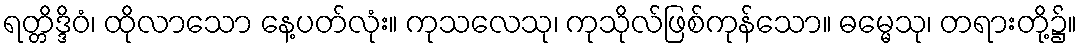
ရတ္တိဒ္ဒိဝံ၊ ထိုလာသော နေ့ပတ်လုံး။ ကုသလေသု၊ ကုသိုလ်ဖြစ်ကုန်သော။ ဓမ္မေသု၊ တရားတို့၌။